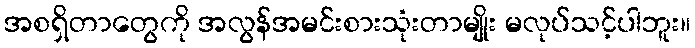
အစရှိတာတွေကို အလွန်အမင်းစားသုံးတာမျိုး မလုပ်သင့်ပါဘူး။